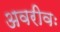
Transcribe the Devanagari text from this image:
अवरीवः